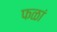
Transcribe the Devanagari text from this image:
फळां